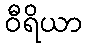
ဝီရိယာ